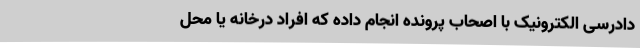
دادرسی الکترونیک با اصحاب پرونده انجام داده که افراد درخانه یا محل